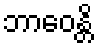
ဘာဝေန္တိ